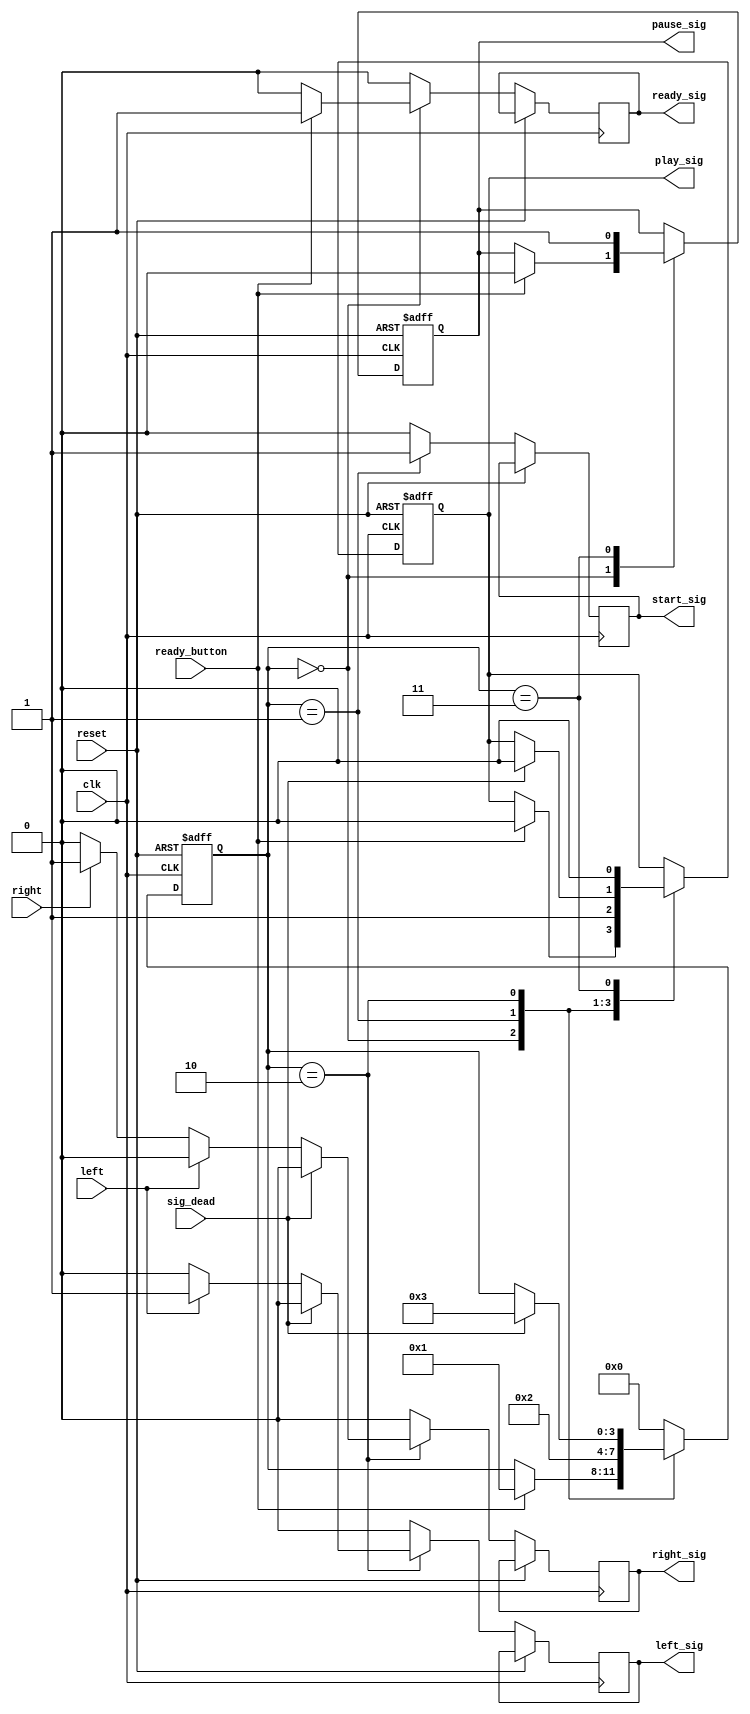
module game_controller(clk, reset, ready_button, right, left,
		sig_dead,  ready_sig, start_sig,  play_sig,  pause_sig, left_sig, right_sig);
		
	input clk, reset, ready_button;
	input right, left;
	input sig_dead;
	output reg ready_sig, start_sig, play_sig, pause_sig, left_sig, right_sig;
	
	parameter S0=0, S1=1, S2=2, S3=3, S4=4;
	reg [3:0] state;
	
	always @(posedge clk or posedge reset) begin
		if(reset) begin	//reset
			state <= S0;
			play_sig <= 0;
			pause_sig <= 0;
			end
		else begin
			ready_sig <= 0;
			start_sig <= 0;
			left_sig <= 0;
			right_sig <= 0;
			case(state)
			S0 : if(ready_button) begin //ready sig gen
					ready_sig <= 1;
					play_sig <= 0;
					pause_sig <= 0;
					state <= S1;
					end
			S1 : begin
					start_sig <= 1;
					play_sig <= 1;
					state <= S2;
				  end
			S2 : if (sig_dead) begin state <= S3; play_sig <= 0; end
				  else if (left) left_sig <= 1;
				  else if (right) right_sig <= 1;
			S3 : begin
					ready_sig <= 0;
					play_sig <= 0;
					start_sig <= 0;
					pause_sig <= 1;
					state <= S0;
					end
			default : state <= S0;
			endcase
		end //end else
	end //end always
endmodule